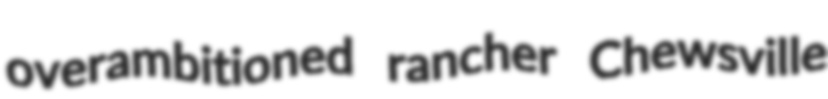
overambitioned rancher Chewsville